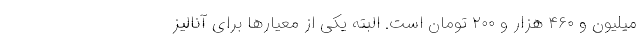
میلیون و ۴۶۰ هزار و ۲۰۰ تومان است. البته یکی از معیارها برای آنالیز